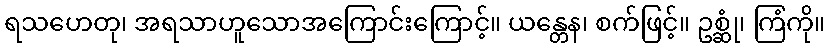
ရသဟေတု၊ အရသာဟူသောအကြောင်းကြောင့်။ ယန္တေန၊ စက်ဖြင့်။ ဥစ္ဆုံ၊ ကြံကို။